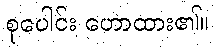
စုပေါင်း ဟောထား၏။